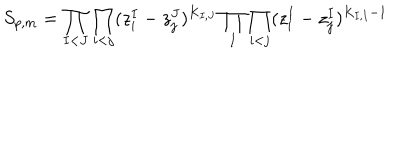
S _ { p , m } = \prod _ { I < J } \prod _ { i < j } ( z _ { i } ^ { I } - z _ { j } ^ { J } ) ^ { K _ { I , J } } \prod _ { I } \prod _ { i < j } ( z _ { i } ^ { I } - z _ { j } ^ { I } ) ^ { K _ { I , I } - 1 }